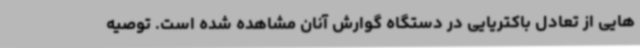
هایی از تعادل باکتریایی در دستگاه گوارش آنان مشاهده شده است. توصیه